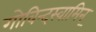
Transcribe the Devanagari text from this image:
गोविन्दस्वामिन्